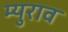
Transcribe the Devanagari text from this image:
म्युराव